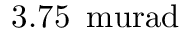
3 . 7 5 \, \mathrm { \ m u r a d }